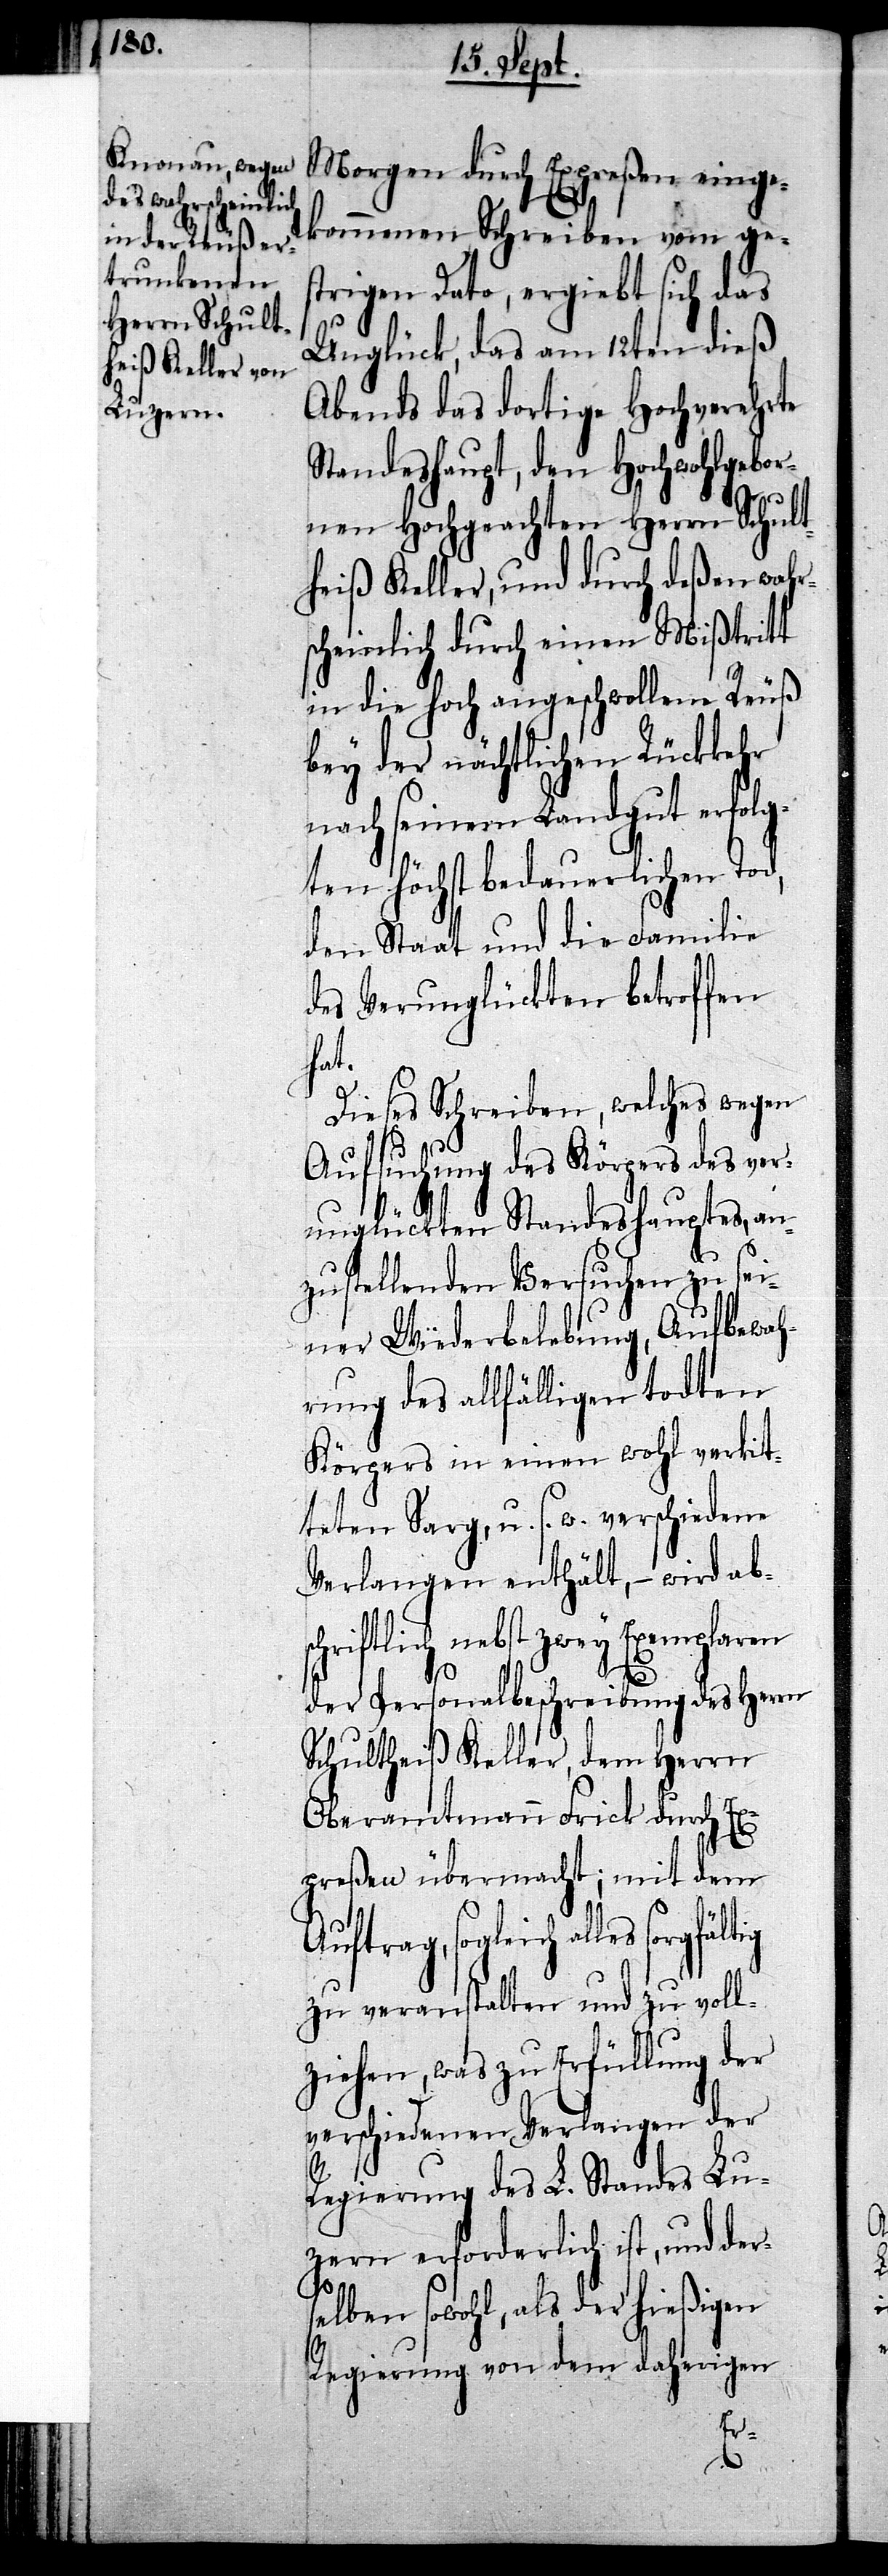
Morgen durch Expreßen einge¬
kommenen Schreiben vom ge¬
strigen Dato, ergiebt sich das
Unglück, das am 12ten dieß
Abends das dortige Hochverehrte
Standeshaupt, den Hochwohlgebor¬
nen Hochgeachten Herrn Schult¬
heiß Keller, und durch deßen wahr¬
scheinlich durch einen Mißtritt
in die hoch angeschwollene Reuß
bey der nächtlichen Rückkehr
nach seinem Landgut erfolg¬
ten höchst bedauerlichen Tod,
den Staat und die Familie
des Verunglückten betroffen
hat.
Dieses Schreiben, welches wegen
Aufsuchung des Körpers des ver¬
unglückten Standeshauptes, an¬
zustellenden Versuchen zu sei¬
ner Wiederbelebung, Aufbewah¬
rung des allfälligen todten
Körpers in einen wohl verkit¬
teten Sarg, u. s. w. verschiedene
Verlangen enthält, – wird ab¬
der Personalbeschreibung des Herrn
Schultheiß Keller, dem Herrn
Oberamtmann Frick durch Ex¬
preßen übermacht; mit dem
alles sorgfältig
zu veranstalten und zu voll¬
ziehen, was zu Erfüllung der
verschiedenen Verlangen der
Regierung des L. Standes Lu¬
zern erforderlich ist, und der¬
selben sowohl, als der hießigen
Regierung von dem daherigen